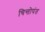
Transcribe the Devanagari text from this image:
चिन्तोपंत